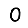
Digit: 0